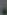
،